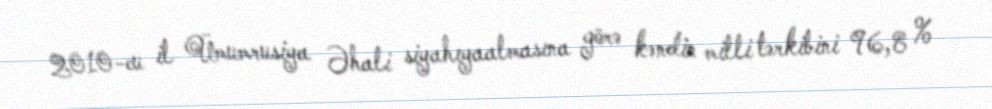
2010-cu il Ümumrusiya Əhali siyahıyaalmasına görə kəndin milli tərkibini 96,8 %